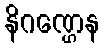
နိဂဏ္ဌေန